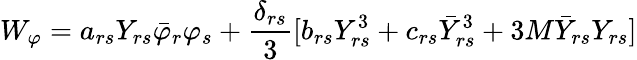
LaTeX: W_{\varphi}=a_{rs}Y_{rs}\bar{\varphi}_{r}\varphi_{s}+\frac{\delta_{rs}}{3}[b_{rs}Y_{rs}^{3}+c_{rs}\bar{Y}_{rs}^{3}+3M\bar{Y}_{rs}Y_{rs}]